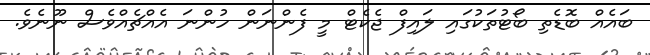
ބައެއް ބޮޑެތި ބޯޓުތަކުގައި ލައިފް ޖެކެޓް މީ ފެންނަން ހުންނަ އެއްޗެއްވެސް ނޫނެވެ.